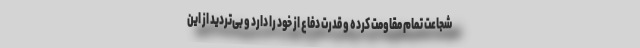
شجاعت تمام مقاومت کرده و قدرت دفاع از خود را دارد و بی‌تردید از این